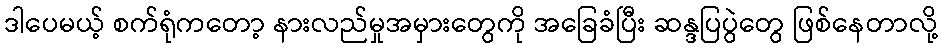
ဒါပေမယ့် စက်ရုံကတော့ နားလည်မှုအမှားတွေကို အခြေခံပြီး ဆန္ဒပြပွဲတွေ ဖြစ်နေတာလို့